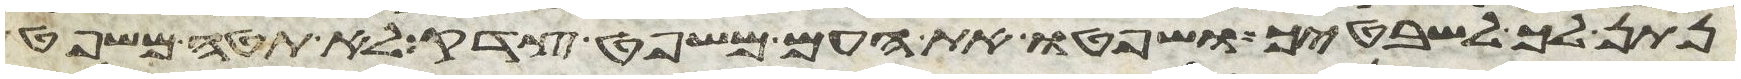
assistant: נתן לך לשבטיך ושפטו את העם משפט צדק לא תטה משפט